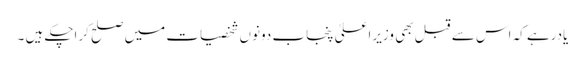
یادرہے کہ اس سے قبل بھی وزیراعلیٰ پنجاب دونوں شخصیات میں صلح کراچکے ہیں ۔